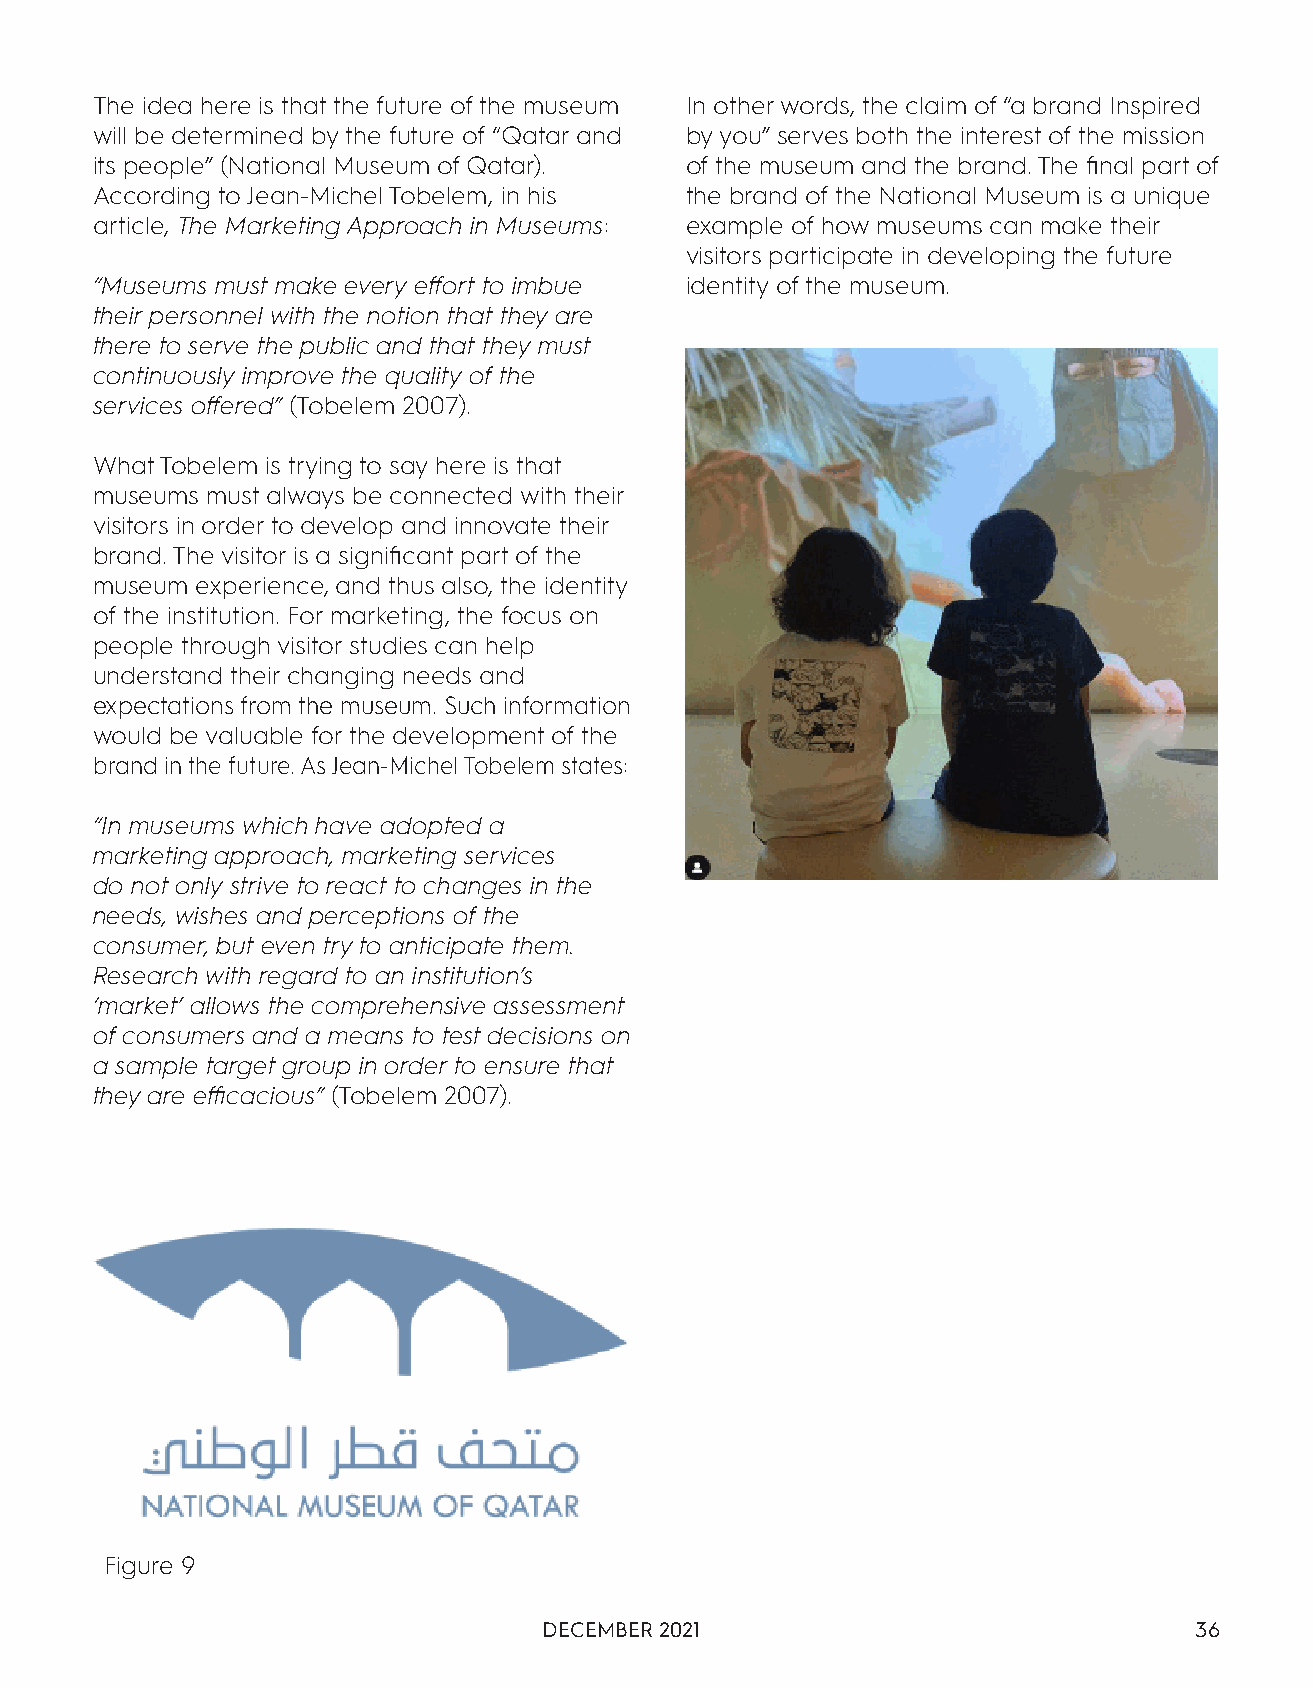
The idea here is that the future of the museum In other words, the claim of “a brand Inspired
 will be determined by the future of “Qatar and by you” serves both the interest of the mission
 its people” (National Museum of Qatar). of the museum and the brand. The final part of
 According to Jean-Michel Tobelem, in his the brand of the National Museum is a unique
 article, The Marketing Approach in Museums: example of how museums can make their
 visitors participate in developing the future
 “Museums must make every effort to imbue identity of the museum.
 their personnel with the notion that they are
 there to serve the public and that they must
 continuously improve the quality of the
 services offered” (Tobelem 2007).
 What Tobelem is trying to say here is that
 museums must always be connected with their
 visitors in order to develop and innovate their
 brand. The visitor is a significant part of the
 museum experience, and thus also, the identity
 of the institution. For marketing, the focus on
 people through visitor studies can help
 understand their changing needs and
 expectations from the museum. Such information
 would be valuable for the development of the
 brand in the future. As Jean-Michel Tobelem states:
 “In museums which have adopted a
 marketing approach, marketing services
 do not only strive to react to changes in the
 needs, wishes and perceptions of the
 consumer, but even try to anticipate them.
 Research with regard to an institution’s
 ‘market’ allows the comprehensive assessment
 of consumers and a means to test decisions on
 a sample target group in order to ensure that
 they are efficacious” (Tobelem 2007).
 Figure 9
 DECEMBER 2021                              36